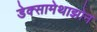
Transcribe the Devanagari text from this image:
डेक्सामेथाझोन